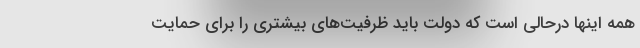
همه اینها درحالی است که دولت باید ظرفیت‌های بیشتری را برای حمایت